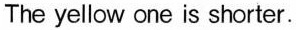
The yellow one is shorter.